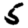
Digit: 5